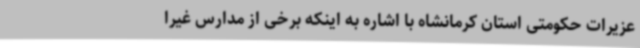
عزیرات حکومتی استان کرمانشاه با اشاره به اینکه برخی از مدارس غیرا